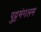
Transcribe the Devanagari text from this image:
पुट्टमंगलम